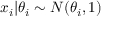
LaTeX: x _ { i } | \theta _ { i } \sim N ( \theta _ { i } , 1 )